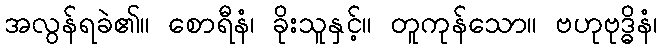
အလွန်ရခဲ၏။ စောရီနံ၊ ခိုးသူနှင့်။ တူကုန်သော။ ဗဟုဗုဒ္ဓိနံ၊